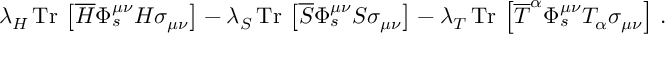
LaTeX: \lambda _ { H } \, \mathrm { T r } \, \left[ \overline { { H } } \Phi _ { s } ^ { \mu \nu } H \sigma _ { \mu \nu } \right] - \lambda _ { S } \, \mathrm { T r } \, \left[ \overline { { S } } \Phi _ { s } ^ { \mu \nu } S \sigma _ { \mu \nu } \right] - \lambda _ { T } \, \mathrm { T r } \, \left[ \overline { { T } } ^ { \alpha } \Phi _ { s } ^ { \mu \nu } T _ { \alpha } \sigma _ { \mu \nu } \right] \, .